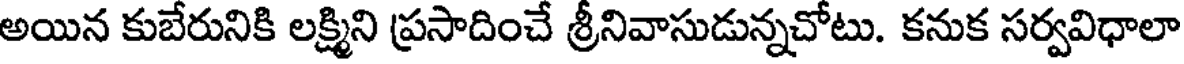
అయిన కుబేరునికి లక్ష్మిని ప్రసాదించే శ్రీనివాసుడున్నచోటు. కనుక సర్వవిధాలా